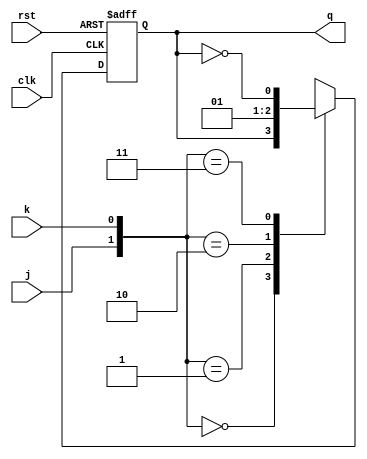
`timescale 1ns / 1ps
module jkff (input j,  
              input k,  
              input rst,  
              input clk,  
              output reg q);  
    always @(posedge clk or posedge rst) 
    begin
        if(rst)begin
            q <= 1'b0;
            end 
        else begin
            case({j,k})
                2'b00: begin
                    q <= q;
                end
                2'b01: begin
                    q <= 0;
                end
                2'b10: begin
                    q <= 1;
                end
                2'b11: begin
                    q <= ~q;
                end 
            endcase
        end
    end 			  
endmodule